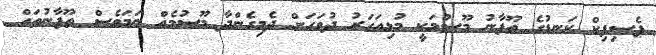
ޕެސިފިކް ކަނޑުގެ ތޫފާނު މޫސުމަކީ މުޅިއަހަރު ދުވަހަށް ދެމިގެންދާ މޫސުމެއް ނަމަވެސް ތޫފާނުތައް